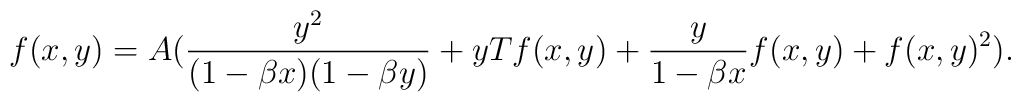
f(x,y) =  A ( \frac{y^2}{(1-\beta x)(1-\beta y)}  + y T f(x,y)   + \frac{y}{1-\beta x} f(x,y)  + f(x,y)^2).